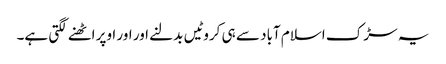
یہ سڑک اسلام آباد سے ہی کروٹیں بدلنے اور اور اوپر اٹھنے لگتی ہے۔